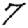
Digit: 7